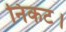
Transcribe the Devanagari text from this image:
निकट।